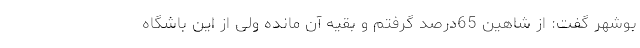
بوشهر گفت: از شاهین 65درصد گرفتم و بقیه آن مانده ولی از این باشگاه